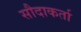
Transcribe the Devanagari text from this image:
सौदाकर्ता